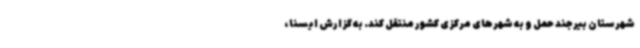
شهرستان بیرجند حمل و به شهرهای مرکزی کشور منتقل کند. به گزارش ایسنا،